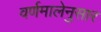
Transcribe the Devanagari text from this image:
वर्णमालेनुसार